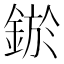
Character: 𨨡